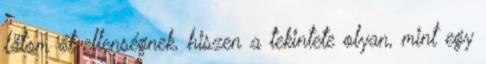
látom őt ellenségnek, hiszen a tekintete olyan, mint egy